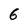
Character: 6